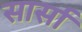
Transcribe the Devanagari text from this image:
सार्सा